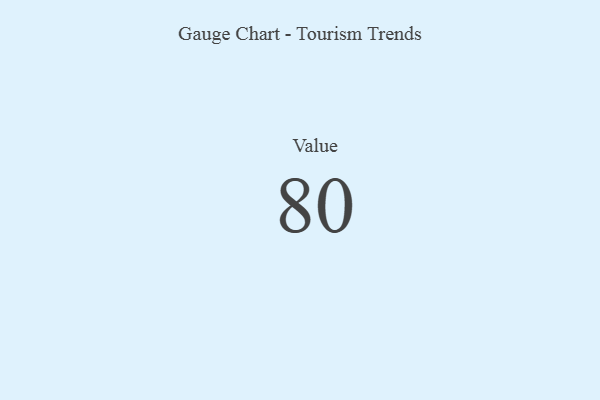
{"axis": {"x": "Metric", "y": "Value"}, "legend": [""], "data": [{"x": "Value", "y": 80, "type": ""}]}